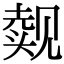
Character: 觌